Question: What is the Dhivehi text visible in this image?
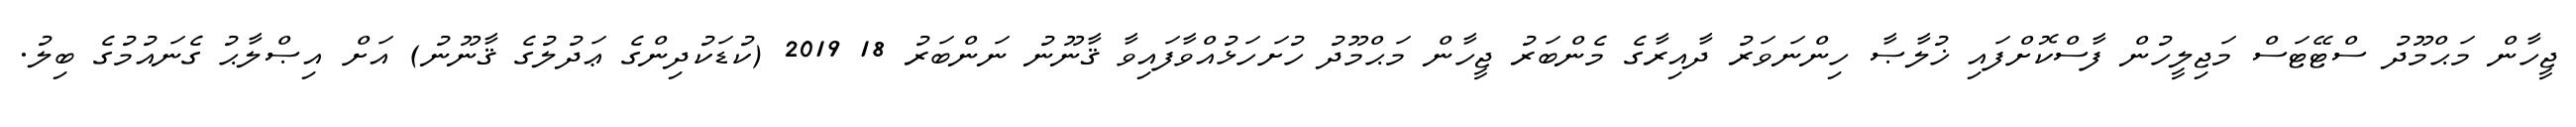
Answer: ޖީހާން މަޙްމޫދު ސްޓޭޓަސް މަޖިލީހުން ފާސްކޮށްފައި ޚުލާޞާ ހިންނަވަރު ދާއިރާގެ މެންބަރު ޖީހާން މަޙްމޫދު ހުށަހަޅުއްވާފައިވާ ޤާނޫނު ނަންބަރު 18 2019 (ކުޑަކުދިންގެ ޢަދުލުގެ ޤާނޫނު) އަށް އިޞްލާޙު ގެނައުމުގެ ބިލު.